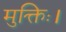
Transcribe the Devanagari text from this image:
मुक्तिः।